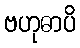
ဗဟုဓာပိ